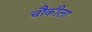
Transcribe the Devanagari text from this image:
चौकीला